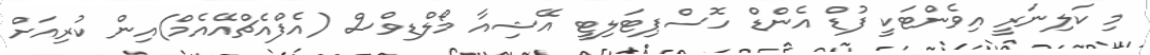
މި ކަލިނަރީ އިވެންޓަކީ ފުޑް އެންޑް ހޮސްޕިޓަލިޓީ އޭޝިއާ މޯލްޑިވްސް (އެފްއެޗްއޭއެމް)އިން ކުރިއަށް